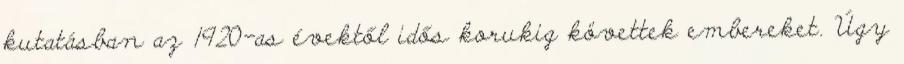
kutatásban az 1920-as évektől idős korukig követtek embereket. Úgy